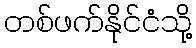
တစ်ဖက်နိုင်ငံသို့